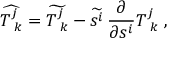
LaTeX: \widehat { T _ { \ k } ^ { j } } = \widetilde { T _ { \ k } ^ { j } } - \widetilde { s ^ { i } } \, { \frac { \partial } { \partial s ^ { i } } } { T _ { \ k } ^ { j } } \ ,